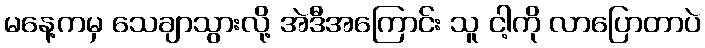
မနေ့ကမှ သေချာသွားလို့ အဲဒီအကြောင်း သူ ငါ့ကို လာပြောတာပဲ